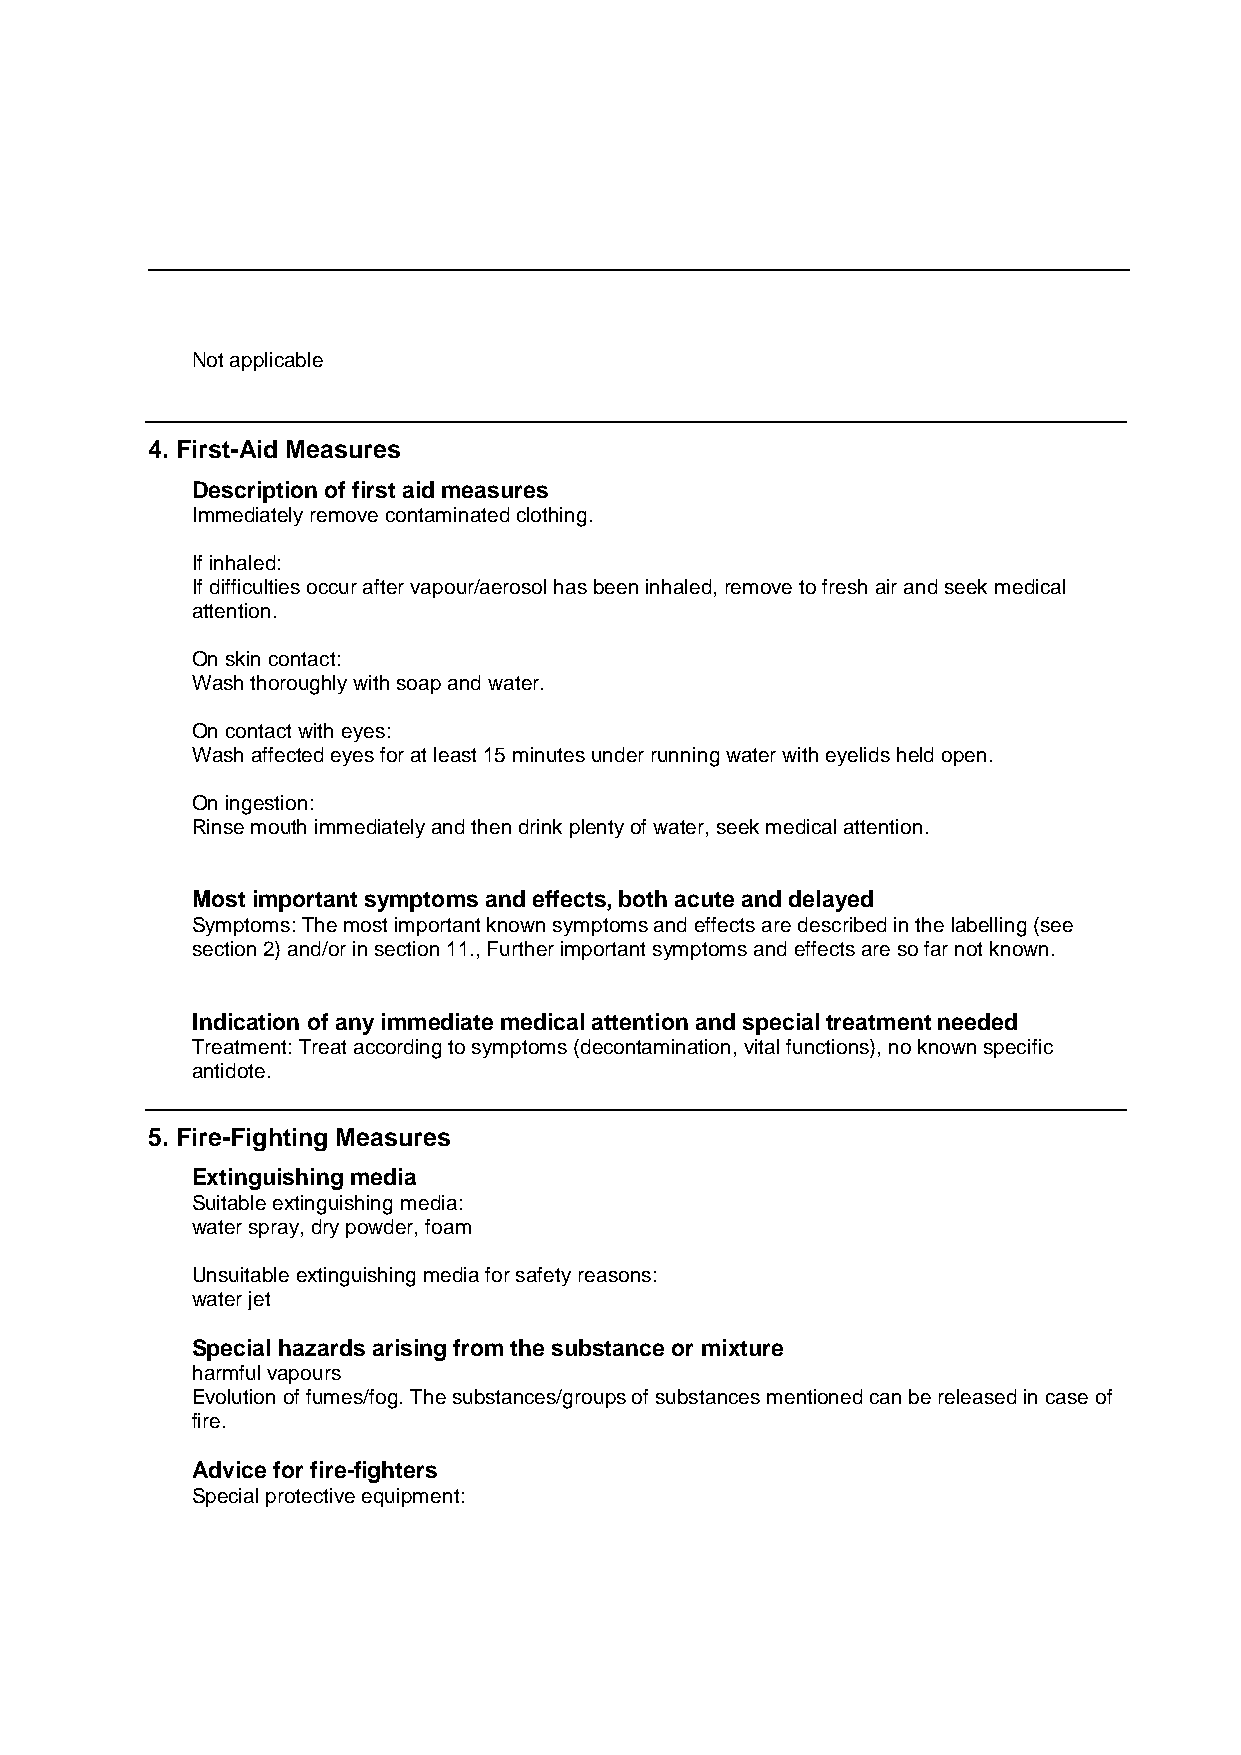
Not applicable
 4. First-Aid Measures
 Description of first aid measures
 Immediately remove contaminated clothing.
 If inhaled:
 If difficulties occur after vapour/aerosol has been inhaled, remove to fresh air and seek medical
 attention.
 On skin contact:
 Wash thoroughly with soap and water.
 On contact with eyes:
 Wash affected eyes for at least 15 minutes under running water with eyelids held open.
 On ingestion:
 Rinse mouth immediately and then drink plenty of water, seek medical attention.
 Most important symptoms and effects, both acute and delayed
 Symptoms: The most important known symptoms and effects are described in the labelling (see
 section 2) and/or in section 11., Further important symptoms and effects are so far not known.
 Indication of any immediate medical attention and special treatment needed
 Treatment: Treat according to symptoms (decontamination, vital functions), no known specific
 antidote.
 5. Fire-Fighting Measures
 Extinguishing media
 Suitable extinguishing media:
 water spray, dry powder, foam
 Unsuitable extinguishing media for safety reasons:
 water jet
 Special hazards arising from the substance or mixture
 harmful vapours
 Evolution of fumes/fog. The substances/groups of substances mentioned can be released in case of
 fire.
 Advice for fire-fighters
 Special protective equipment: